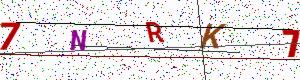
Text: 7NRK7